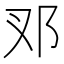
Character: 𨙳